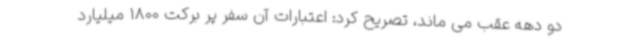
دو دهه عقب می ماند، تصریح کرد: اعتبارات آن سفر پر برکت 1800 میلیارد